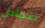
تتجادل